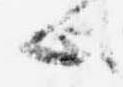
ハ